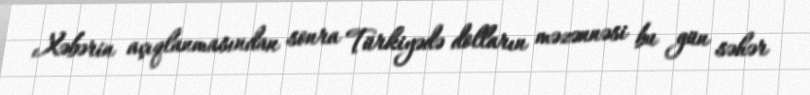
Xəbərin açıqlanmasından sonra Türkiyədə dolların məzənnəsi bu gün səhər